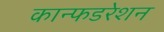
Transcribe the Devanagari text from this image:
कान्फडरेशन